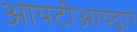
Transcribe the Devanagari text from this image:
आयटीआयद्वारे